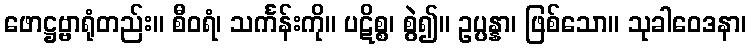
ဖောဋ္ဌဗ္ဗာရုံတည်း။ စီဝရံ၊ သင်္ကန်းကို။ ပဋိစ္စ၊ စွဲ၍။ ဥပ္ပန္နာ၊ ဖြစ်သော။ သုခါဝေဒနာ၊